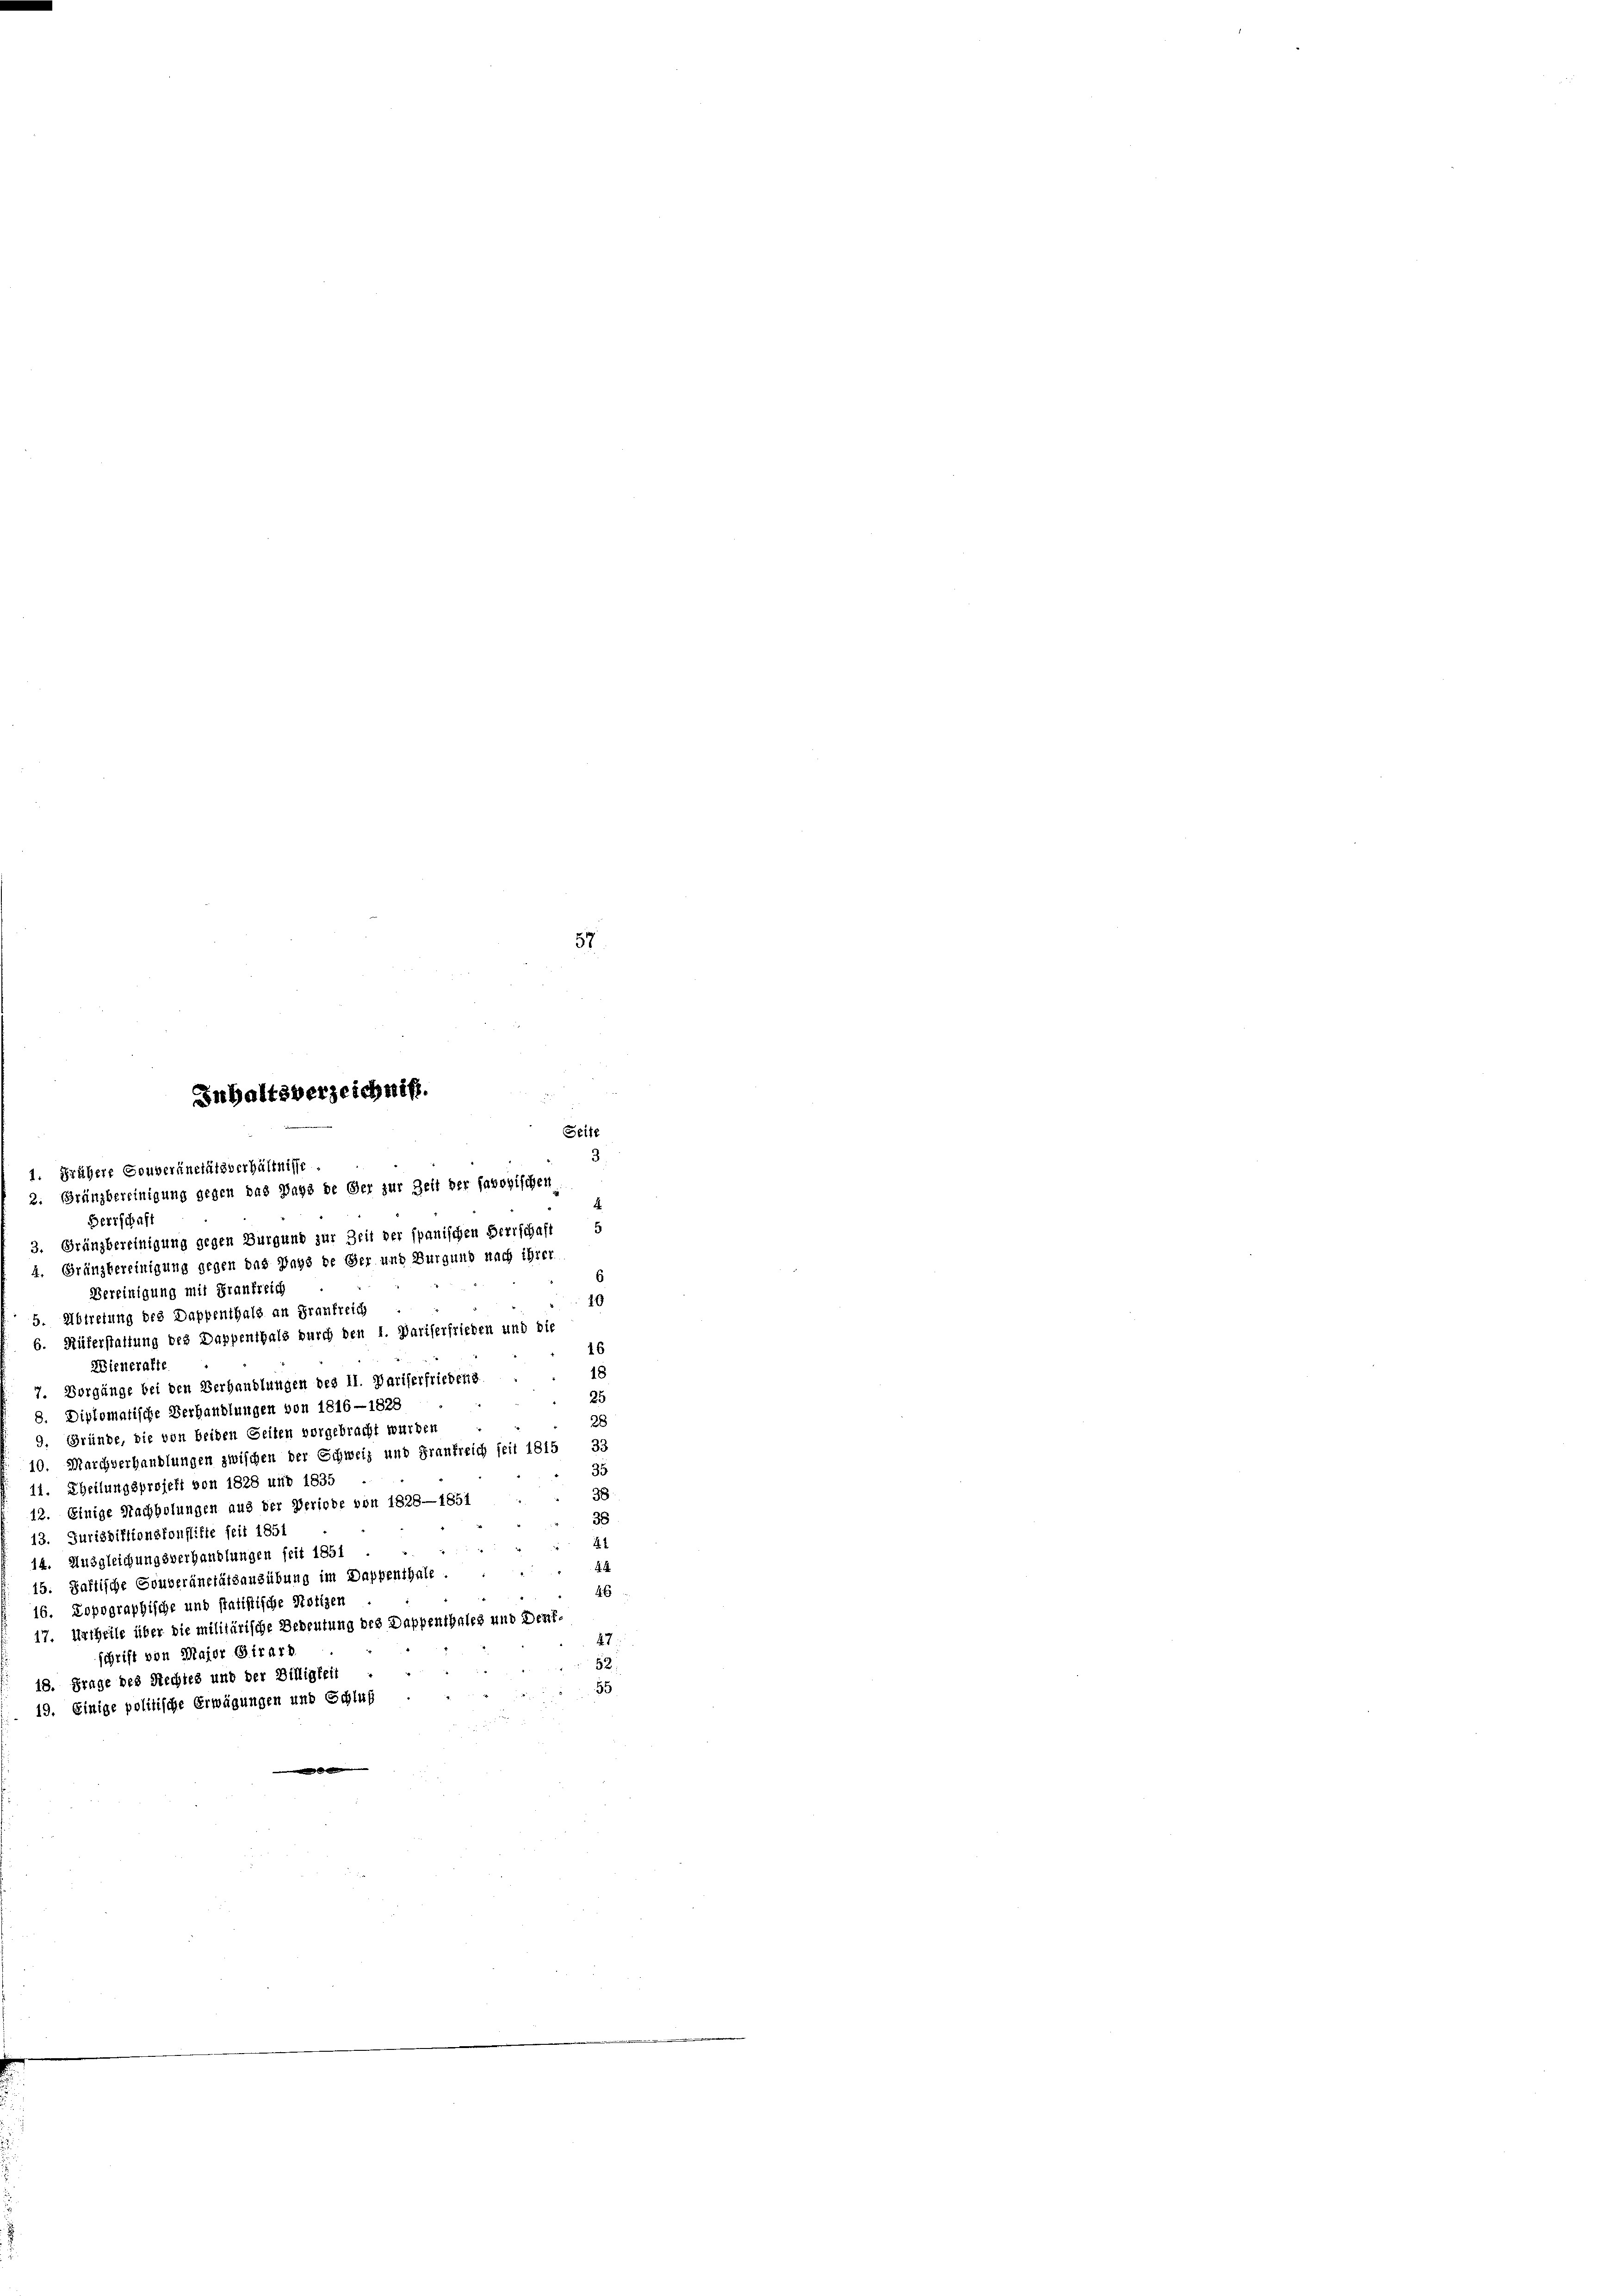
1. Gräbere Souveränetätsverhältnisse.
2. Gränzbereinigung gegen das Pays de der zur Zeit der savoyischen

57

Inhaltsverzeichniß.

Seite
3
Herrschaft
3. Gränzbereinigung gegen Burgund zur Zeit der spanischen Herrschaft 5
4. Gränzbereinigung gegen das Pays de Ger und Burgund nach ihrer
Vereinigung mit Frankreich
10
5. Abtretung des Dappenthals an Frankreich
b. Rüferstaltung des Dappenthals durch den 1. Pariserfrieden und die
16
Wienerafte
18
7. Vorgänge bei den Verhandlungen des 11. Pariserfriedens
25
8. Diplomatische Verhandlungen von 1816—1828
28
9, Gründe, die von beiden Seiten vorgebracht wurden
10. Marchverhandlungen zwischen der Schweiz und Frankreich seit 1815 33
35
11. Theilungsprojekt von 1828 und 1835
38
12. Einige Nachholungen aus der Veriode von 1828—1851
38
13. Jurisdiktionsfonflikte seit 1851
41
14. Ausgleichungsverhandlungen seit 1851
15. Saftische Gouveränetätsausübung im Dappenthale.
46
16. Topographische und statistische Notizen
17. Urtheile über die militärische Bedeutung des Dappenthales und Denfschrift von Major Girard
2.
18. Frage des Rechtes und der Billigkeit
55
19. Einige politische Erwägungen und Schluß